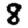
Digit: 8